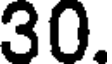
30.